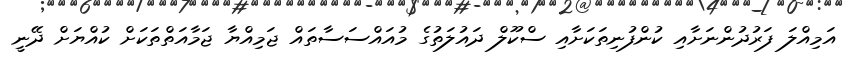
އަމިއްލަ ފަރުދުންނަށާއި ކުންފުނިތަކަށާއި ސްކޫލް ދައުލަތުގެ މުއައްސަސާތައް ޖަމިއްޔާ ޖަމާއަތްތަކަށް ކުއްޔަށް ދޭނީ